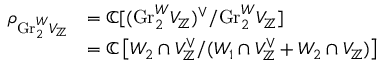
\begin{array} { r l } { \rho _ { \mathrm { G r } _ { 2 } ^ { W } V _ { \mathbb { Z } } } } & { = \mathbb { C } [ ( \mathrm { G r } _ { 2 } ^ { W } V _ { \mathbb { Z } } ) ^ { \vee } / \mathrm { G r } _ { 2 } ^ { W } V _ { \mathbb { Z } } ] } \\ & { = \mathbb { C } \left[ W _ { 2 } \cap V _ { \mathbb { Z } } ^ { \vee } / ( W _ { 1 } \cap V _ { \mathbb { Z } } ^ { \vee } + W _ { 2 } \cap V _ { \mathbb { Z } } ) \right] } \end{array}